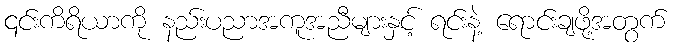
၎င်းကိရိယာကို နည်းပညာအကူအညီများနှင့် ရင်းနဲ့ ရောင်းချဖို့အတွက်